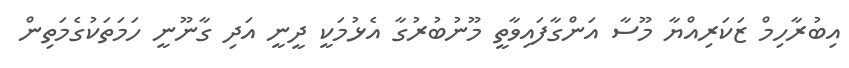
އިބުރާހިމް ޒަކަރިއްޔާ މޫސާ އަންގާފައިވާތީ މޫނުބުރުގާ އެޅުމަކީ ދީނީ އަދި ގާނޫނީ ހަމަތަކުގެމަތިން